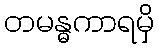
တမန္ဓကာရမှိ